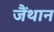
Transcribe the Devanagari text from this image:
जैंथान